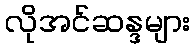
လိုအင်ဆန္ဒများ